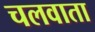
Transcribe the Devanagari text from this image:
चलवाता